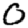
Digit: 0